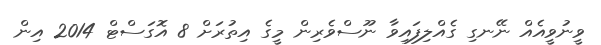
ވީނުވީއެއް ނޭނގި ގެއްލިފައިވާ ނޫސްވެރިން މީގެ އިތުރަށް 8 އޮގަސްޓް 2014 އިން